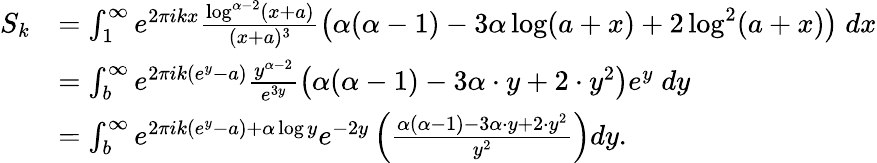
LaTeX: \begin{array}{rl}{S_{k}}&{=\int_{1}^{\infty}e^{2\pi ikx}\frac{\log^{\alpha-2}(x+a)}{(x+a)^{3}}\left(\alpha(\alpha-1)-3\alpha\log(a+x)+2\log^{2}(a+x)\right)\; dx}\\ &{=\int_{b}^{\infty}e^{2\pi ik(e^{y}-a)}\frac{y^{\alpha-2}}{e^{3y}}\left(\alpha(\alpha-1)-3\alpha\cdot y+2\cdot y^{2}\right)e^{y}\; dy}\\ &{=\int_{b}^{\infty}e^{2\pi ik(e^{y}-a)+\alpha\log y}e^{-2y}\left(\frac{\alpha(\alpha-1)-3\alpha\cdot y+2\cdot y^{2}}{y^{2}}\right)dy.}\end{array}